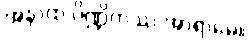
အနာထ ပိဏ္ဍိကဿ အာရာမေ။